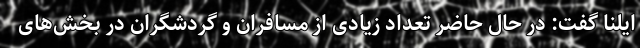
ایلنا گفت: در حال حاضر تعداد زیادی از مسافران و گردشگران در بخش‌های